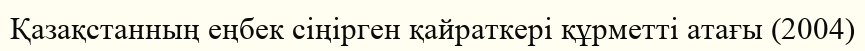
Қазақстанның еңбек сіңірген қайраткері құрметті атағы (2004)